DOW-UAP-D25, Mission Report, Greece, January 2024
Agency: Department of War
Incident date: 1/25/24
Incident location: Mediterranean Sea
Page 3
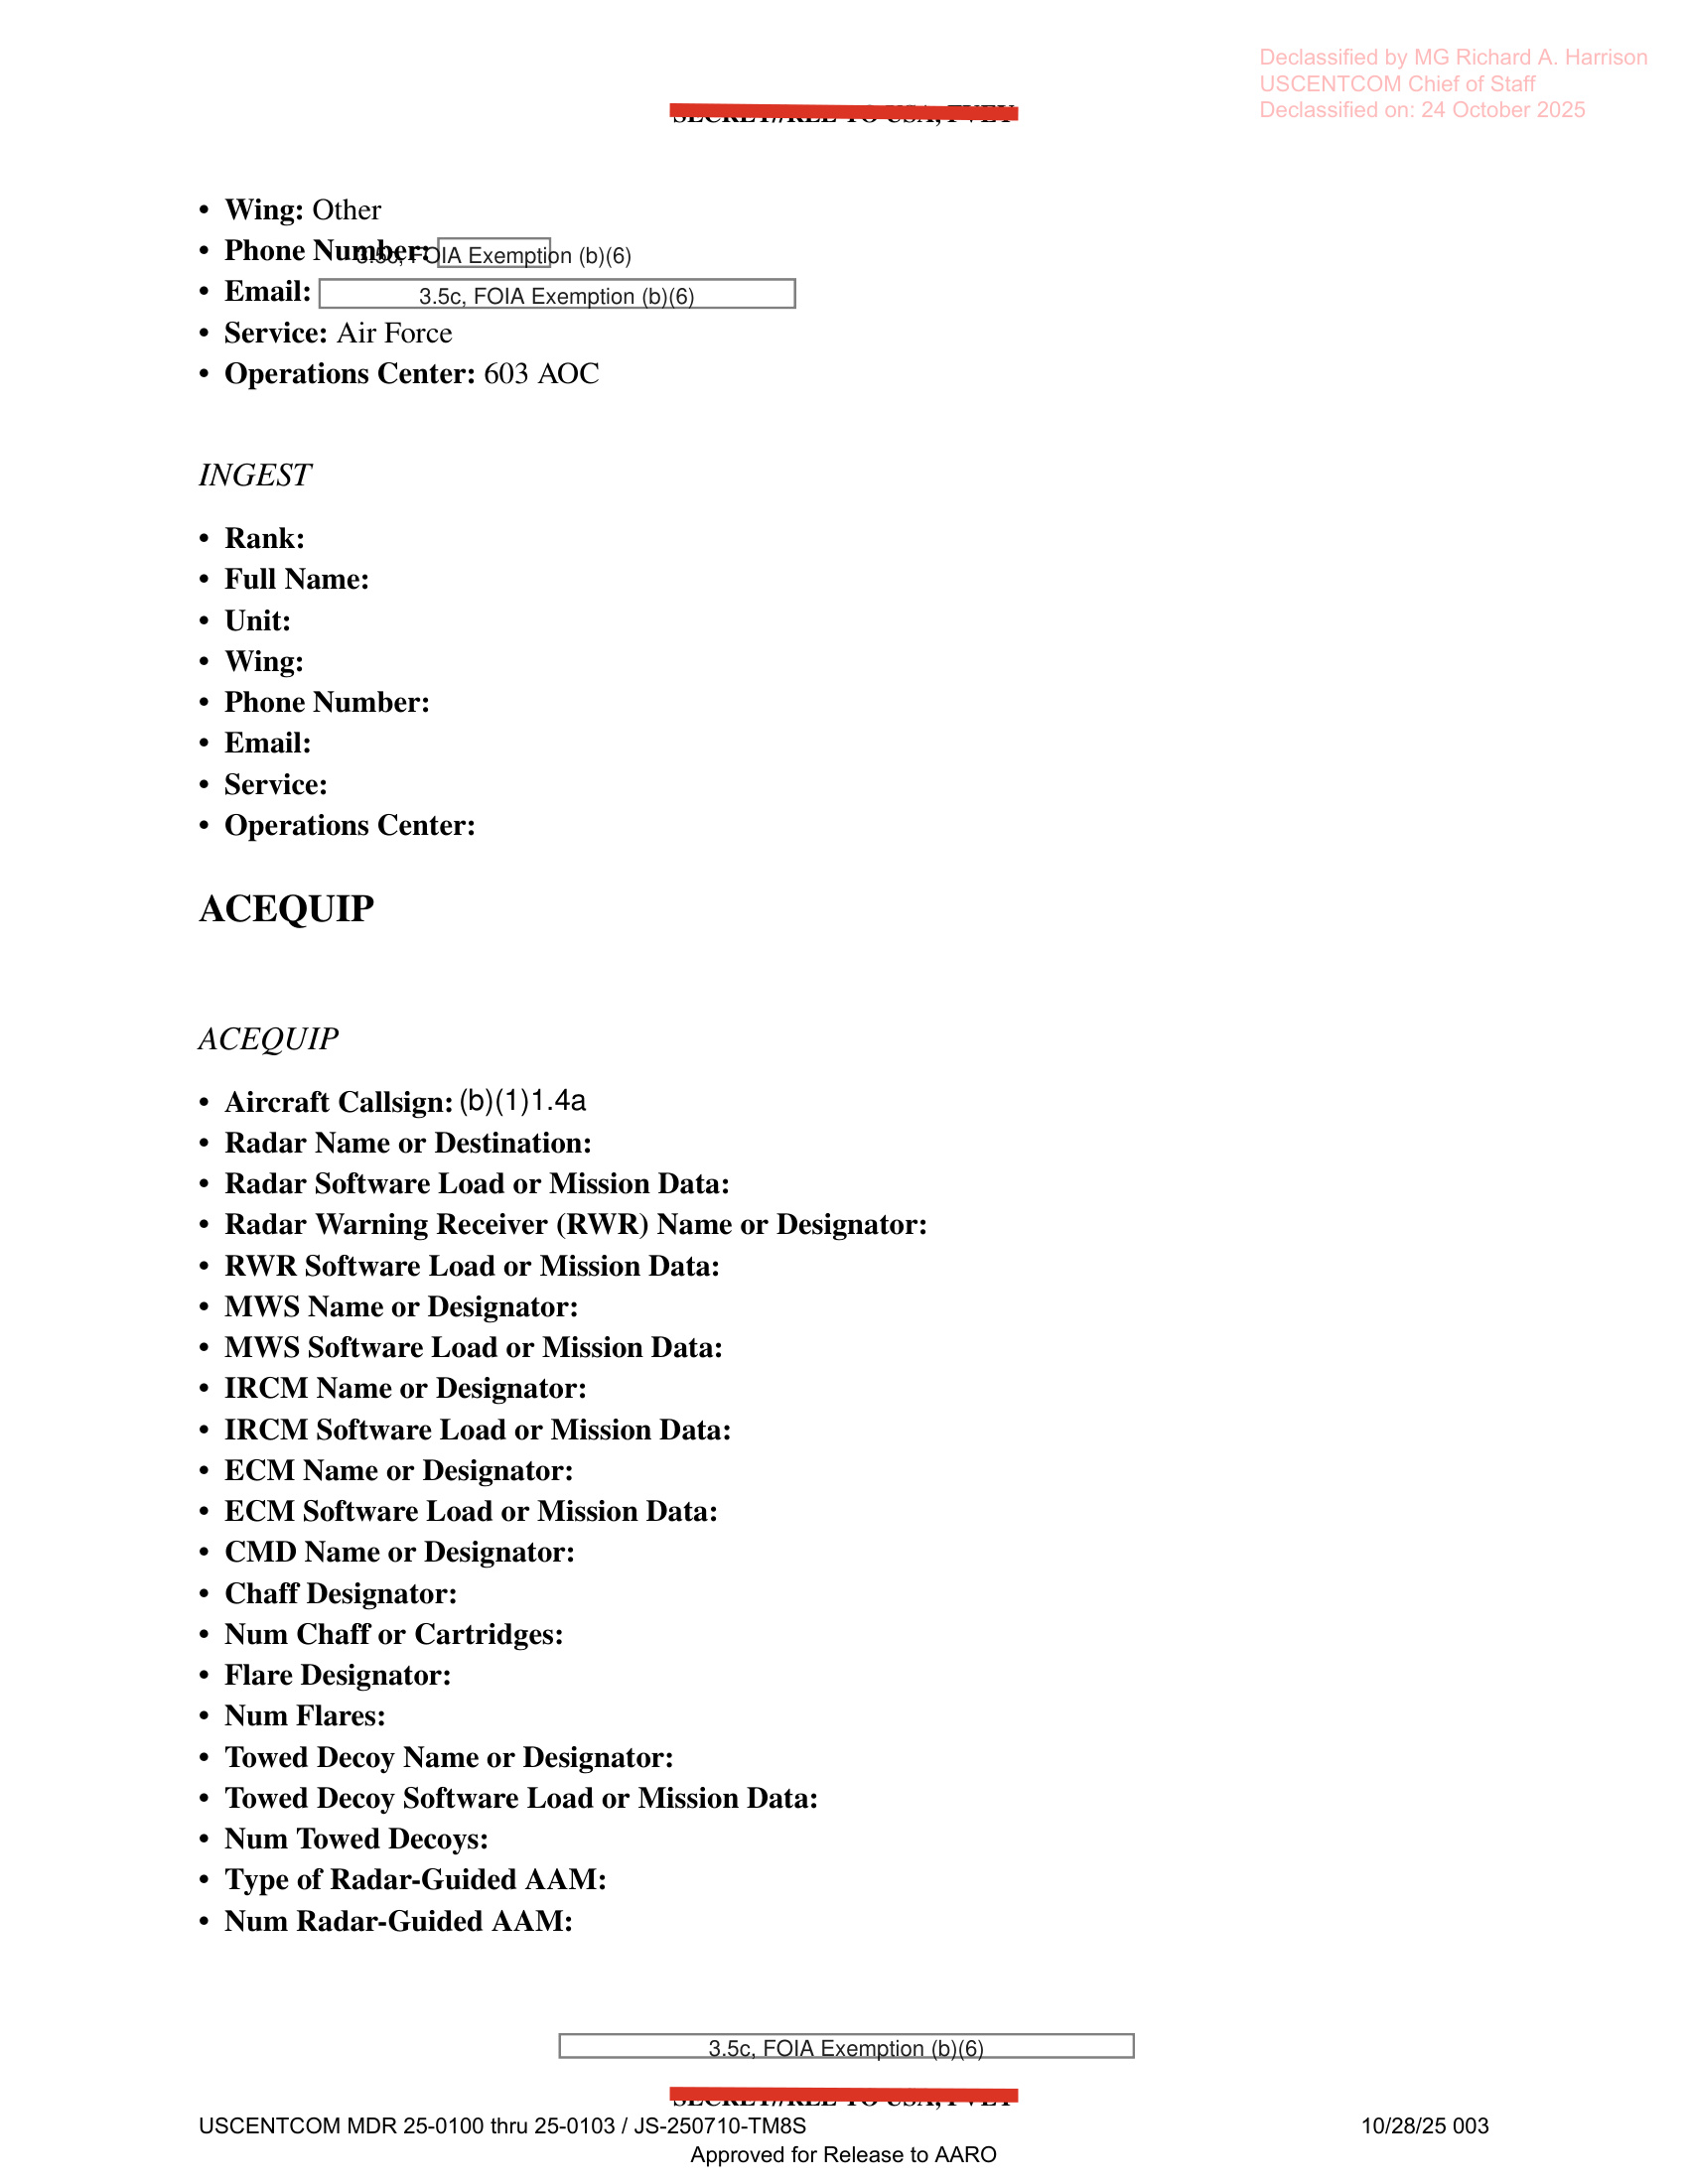